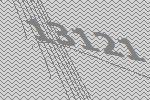
13121